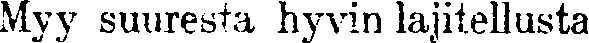
Myy suuresta hyvin lajitellusta